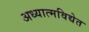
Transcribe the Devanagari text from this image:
अध्यात्मविद्येत